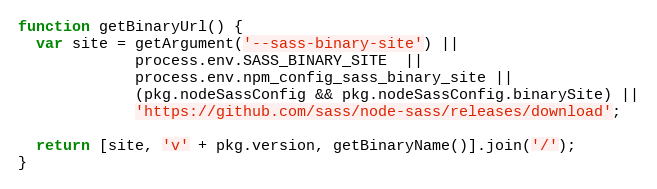
Language: JavaScript
function getBinaryUrl() {
  var site = getArgument('--sass-binary-site') ||
             process.env.SASS_BINARY_SITE  ||
             process.env.npm_config_sass_binary_site ||
             (pkg.nodeSassConfig && pkg.nodeSassConfig.binarySite) ||
             'https://github.com/sass/node-sass/releases/download';

  return [site, 'v' + pkg.version, getBinaryName()].join('/');
}